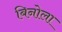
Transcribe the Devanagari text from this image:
बिनोला